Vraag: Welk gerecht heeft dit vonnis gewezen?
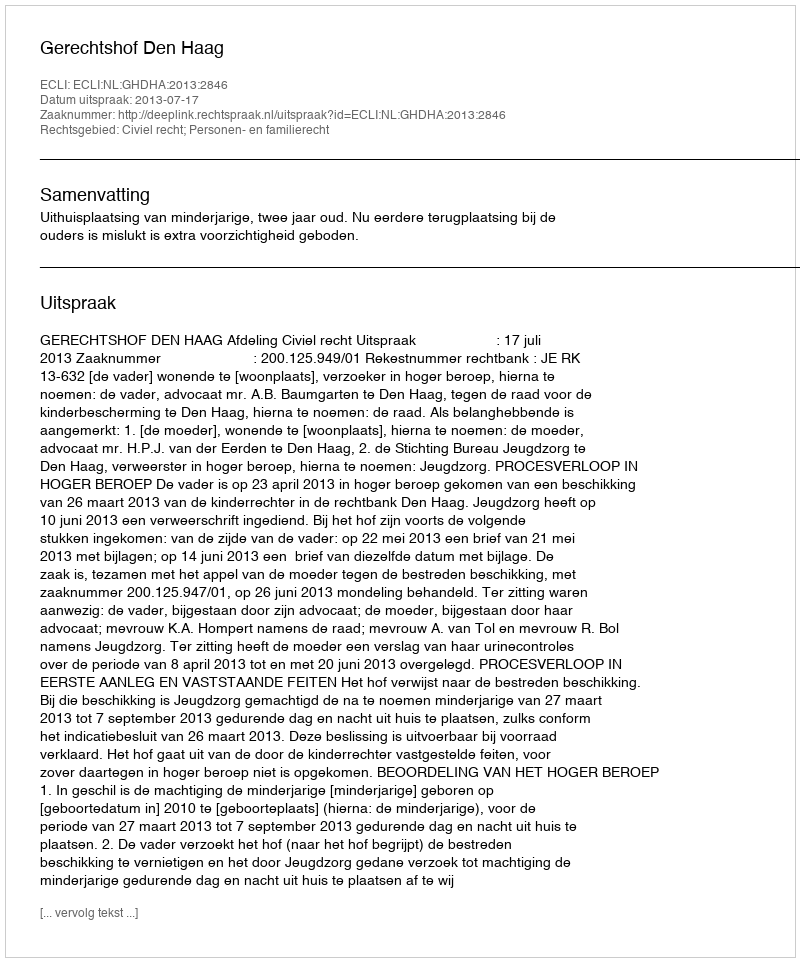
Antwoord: Gerechtshof Den Haag